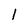
Character: 1